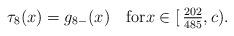
LaTeX: \begin{align*}\tau_8(x) = g_{8-}(x)\quad\hbox{for}x\in [\,\tfrac{202}{485},c). \end{align*}